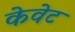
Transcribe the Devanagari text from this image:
केवेट